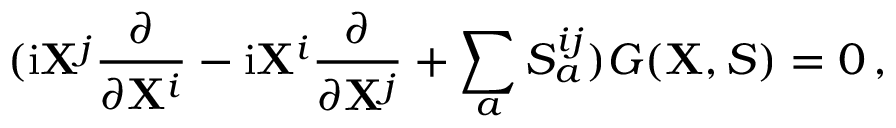
( \mathrm { i } { \bf X } ^ { j } \frac { \partial } { \partial { \bf X } ^ { i } } - \mathrm { i } { \bf X } ^ { i } \frac { \partial } { \partial { \bf X } ^ { j } } + \sum _ { a } S _ { a } ^ { i j } ) G ( { \bf X } , S ) = 0 \, ,